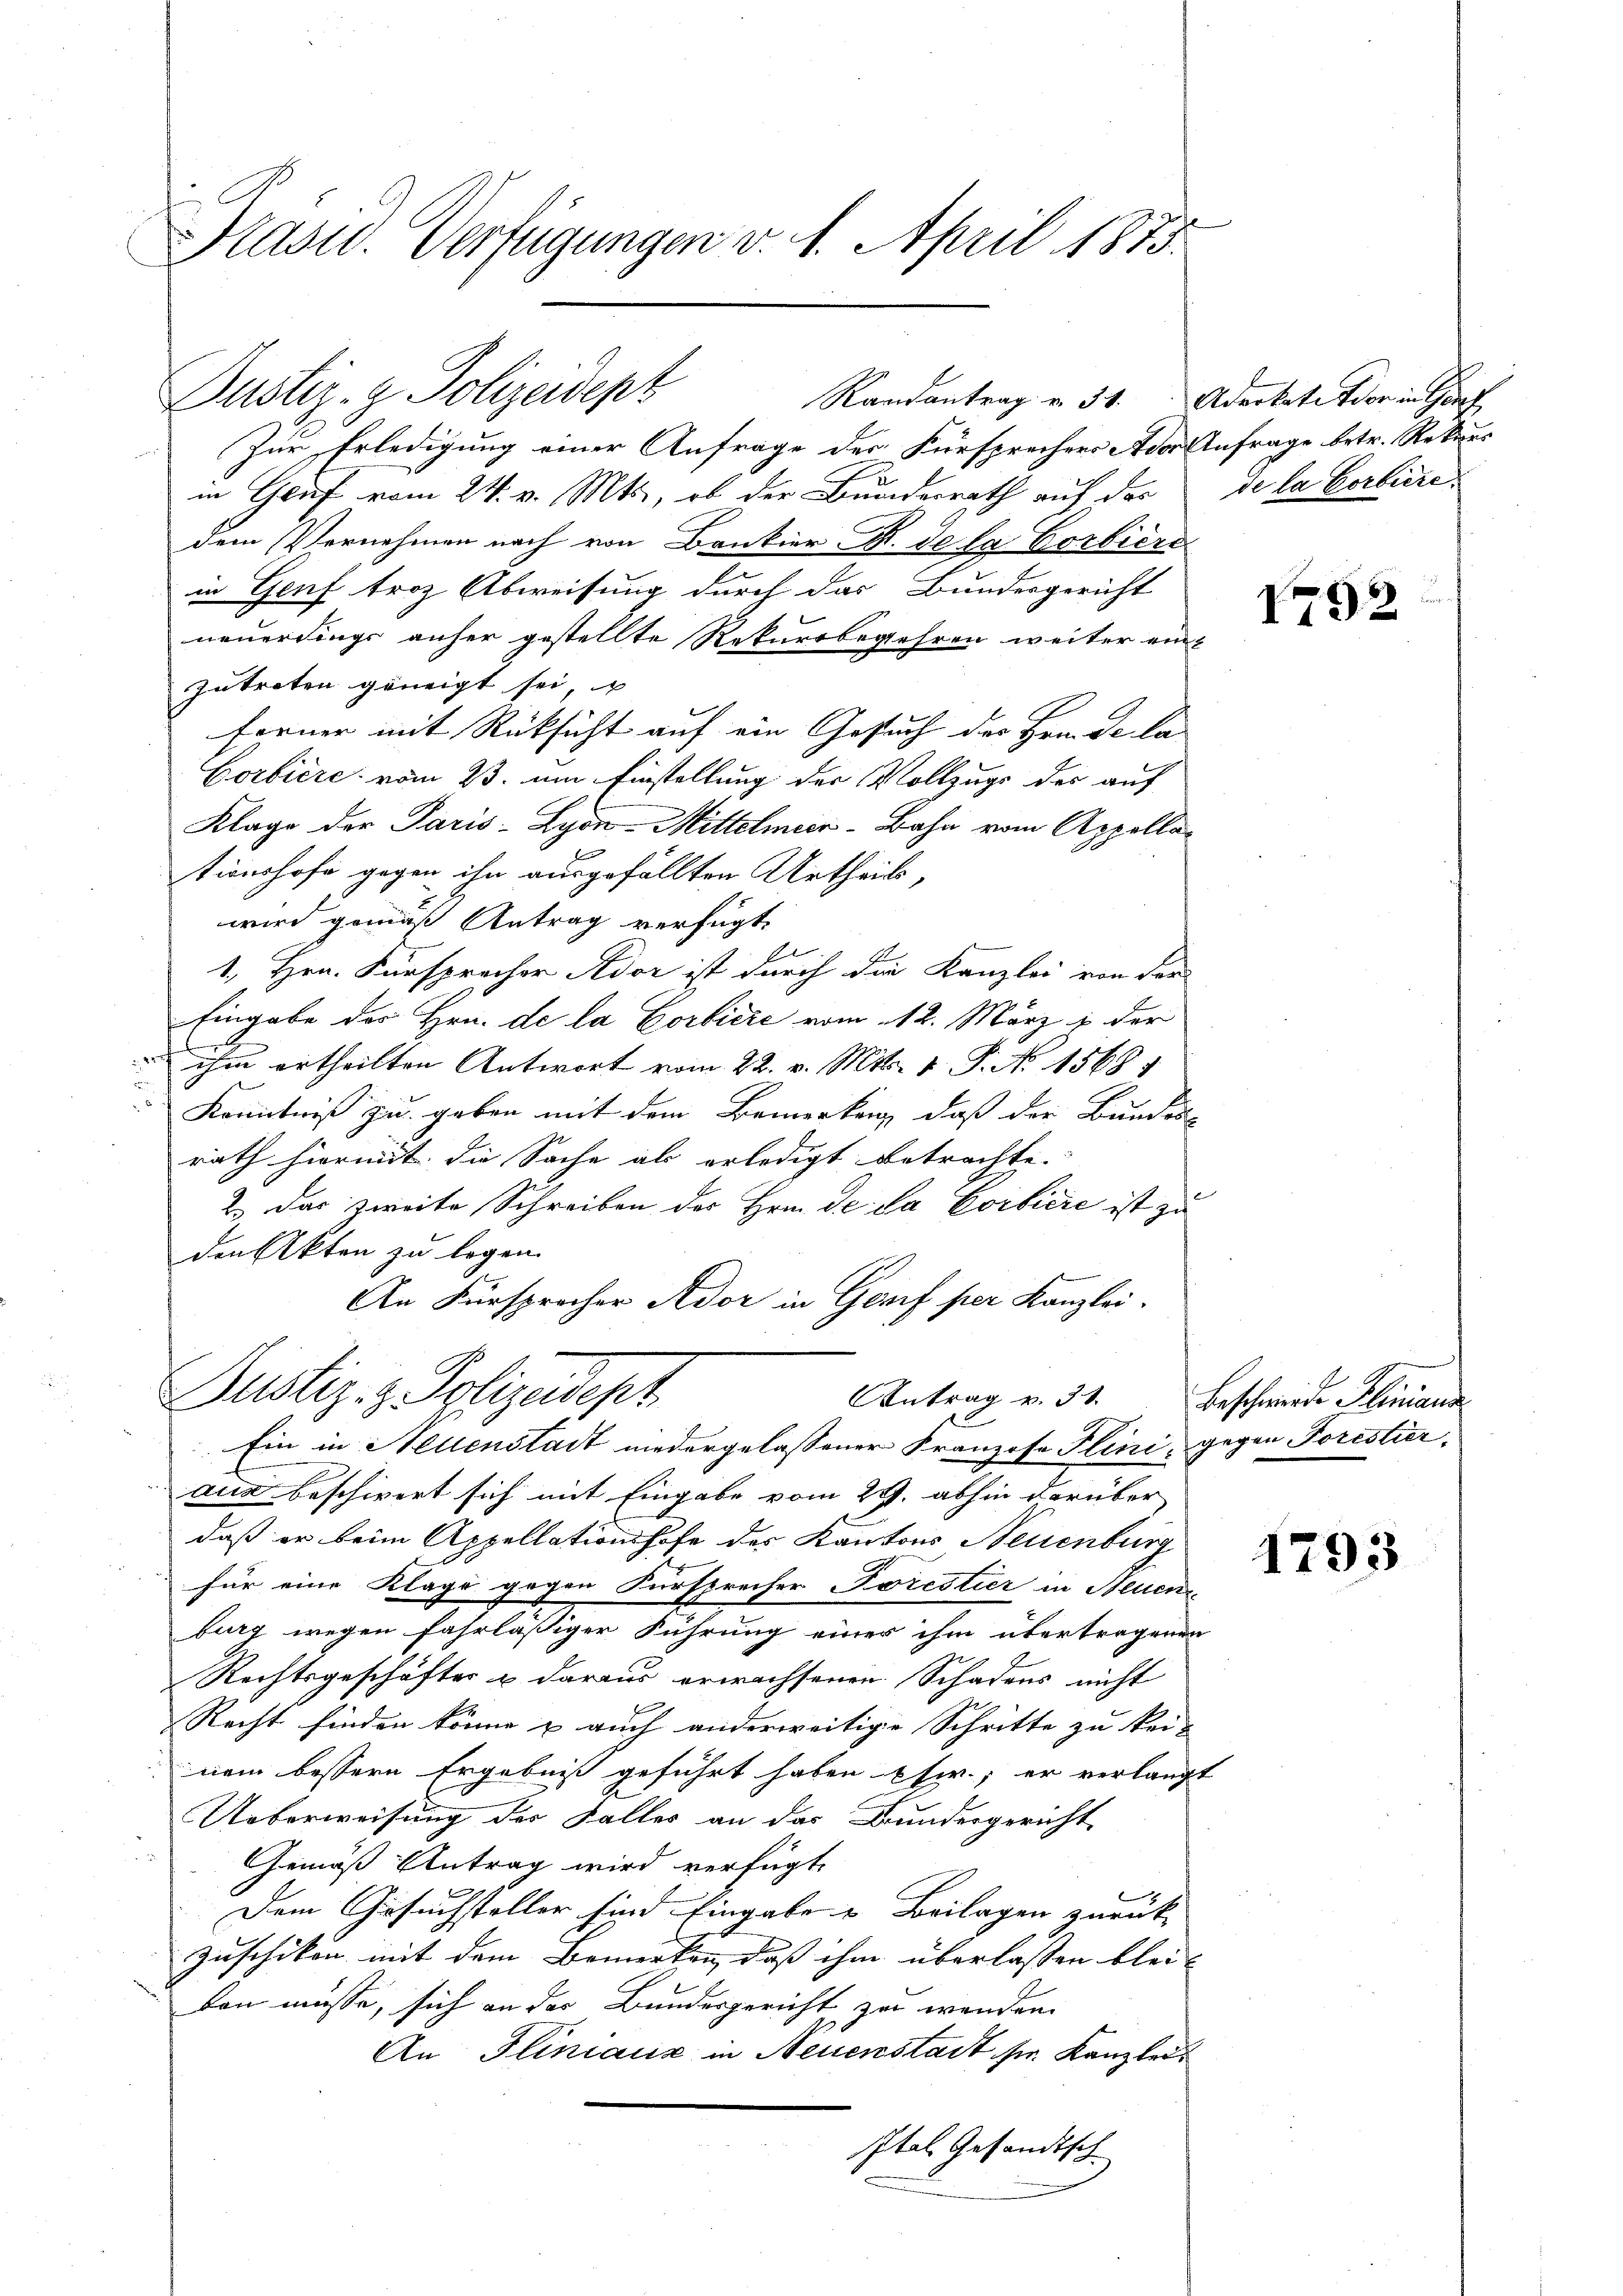
Präsid. Verfügungen v. 1. April 1873.

Justiz- & Polizeidepz

Randantrag v. 31. Advokate der in Genf

Zur Erledigung einer Anfrage der Fürsprechers Ader Anfrage betr. Rekurs
in Graf vom 24. v. Mts., ob der Bundesrath auf der de la vorliere
dem Vernehmen nach von Bankier F. de la Corbière
in Genf troz Abweisung durch das Bundesgericht
neuerdings anher gestellte Rekursbegehren weiter ein-
zutreten geneigt sei,
forner mit Rücksicht auf ein Gesuch des Hemde ka
Corbière vom 23. um Finstellung der Vollzugs des auf
Klage der Paris - Lyon-Mittelmeer-Bahn vom Appellationshofe gegen ihn ausgefällten Urtheils,
wird gemäß Antrag verfügt,
1
1., Hrn. Fürsprecher Ador ist durch die Kanzlei von der
Eingabe des Hrn. de la Corbiere vom 12. März 1 der
E
ihm ertheilten Antwort vom 22. v. Mts. v. P. No 1568
Kenntniß zu geben mit dem Bemerken, daß der Bundes
rath hiermit die Sache als erledigt betrachte.
2.) Das zweite Schreiben des Hrn. de da Corbiere ist zu
den Akten zu legen.
An Fürsprocher Ador in Genf per Kanzlei.
Justiz- & Polizeidept
Antrag v. 31.
Ein in Neuenstadt niedergelassener Franzose Plini, gegen Forestier,
aus beschwert sich mit Eingabe vom 29. abhin darüber
daß er beim Appellationshofe des Kantons Neuenburg
für eine Klage gegen Fürsprecher Forestier in Neuen
burg wegen fahrlässiger Führung einer ihm übertragenen
Rechtsgeschäftes u daraus erwachsenen Schadens nicht
Recht finden könne u auch anderweitige Schritte zu kei-
nem bessern Ergebniß geführt haben hier, er verlangt
Ueberweisung der Falles an das Bundergericht
Gemäß Antrag wird verfügt,
Dem Gesuchsteller sind Eingabe u. Beilagen zurück-
Zuschikon mit dem Bemerken, daß ihm überlassen bleikon müsse, sich an des Bundesgericht zu wenden.
An Pliniaux in Neuerstadt sr. Kanzlei
ptal gesandtsch

I92

Beschwerde Hinaus

1793